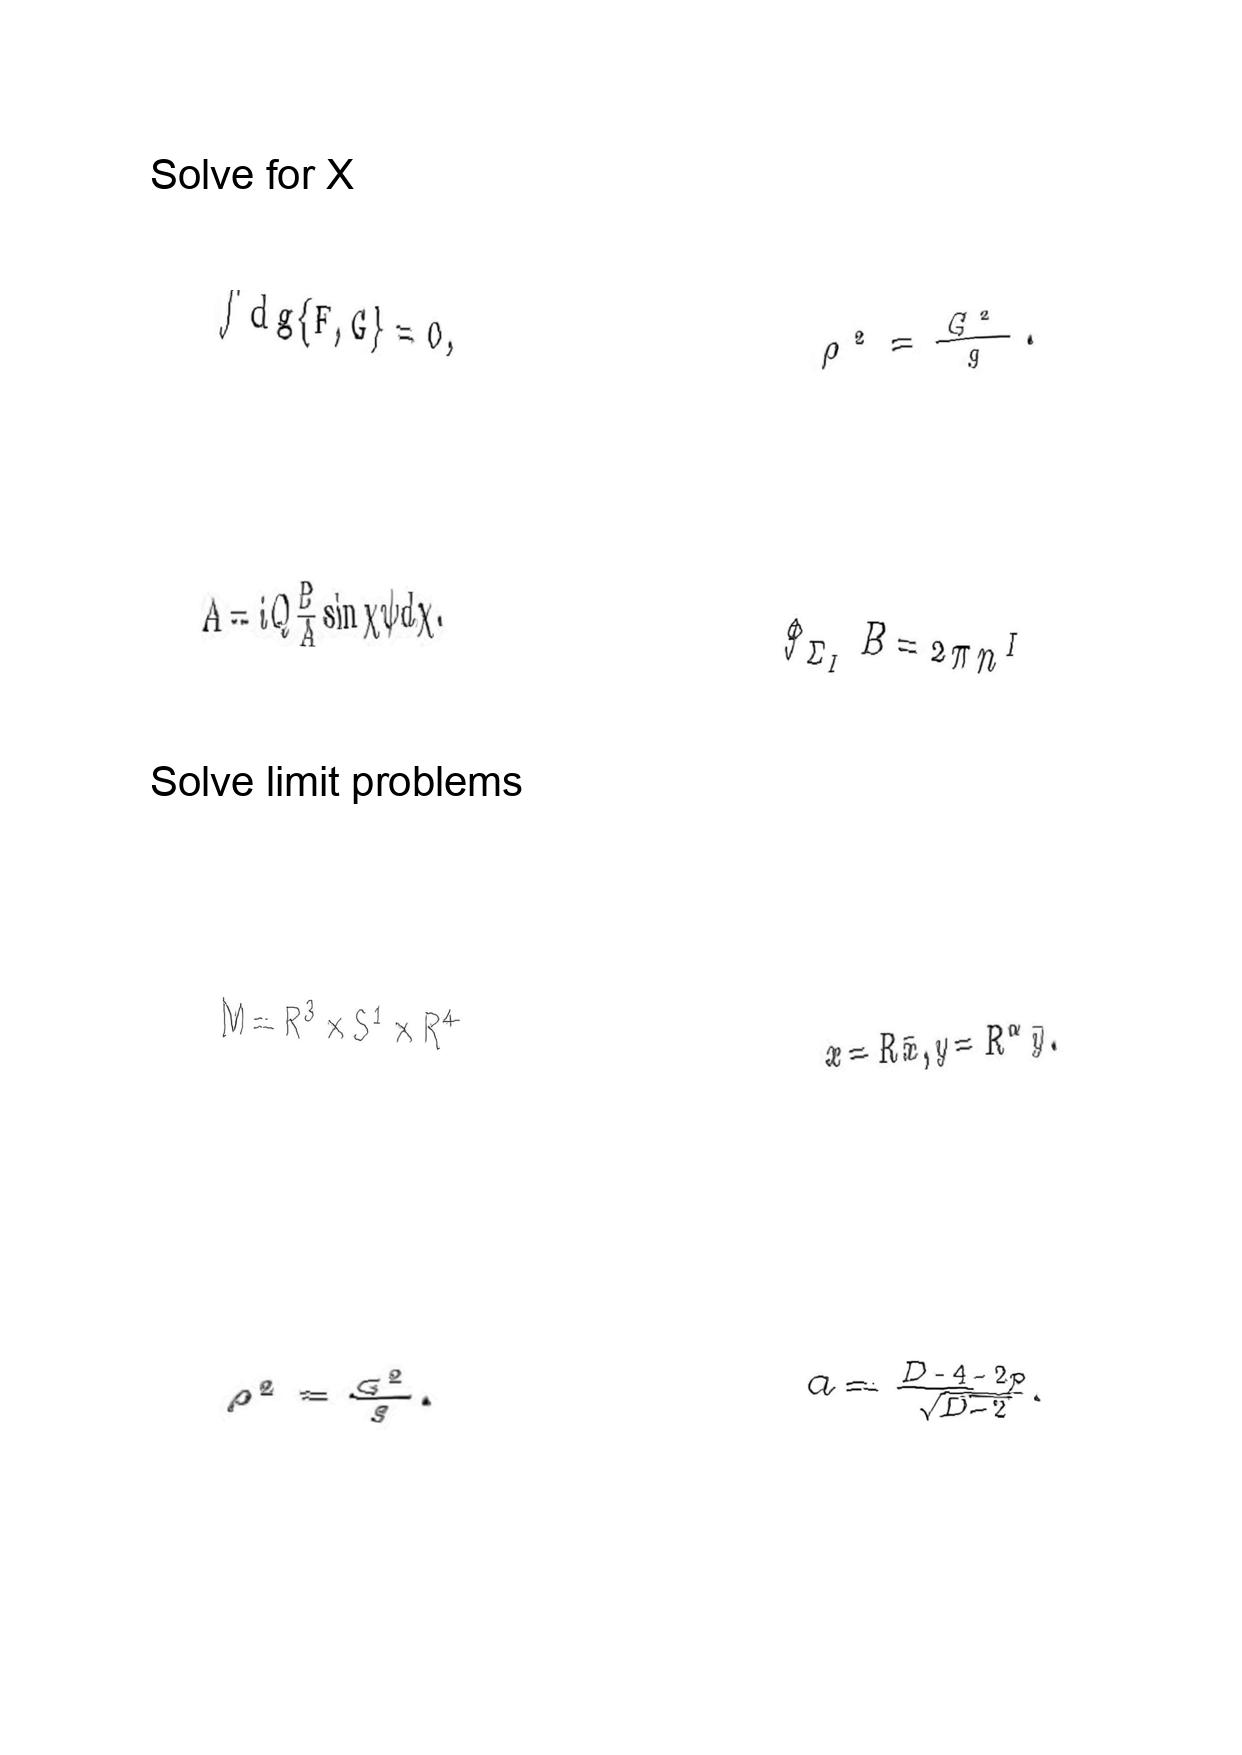
LaTeX transcription:
\int \mathrm { d } g \lbrace F , G \rbrace = 0 ,
A = i Q \frac { B } { A } \sin \chi \psi d \chi .
M = R ^ { 3 } \times S ^ { 1 } \times R ^ { 4 }
\rho ^ { 2 } = \frac { G ^ { 2 } } { g } .
\rho ^ { 2 } = \frac { G ^ { 2 } } { g } .
\oint _ { \Sigma _ { I } } B = 2 \pi n ^ { I }
x = R \bar { x } , y = R ^ { \alpha } \bar { y } .
a = \frac { D - 4 - 2 p } { \sqrt { D - 2 } } .